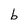
Character: b